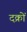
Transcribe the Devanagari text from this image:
दक्रों